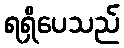
ရရှိပေသည်